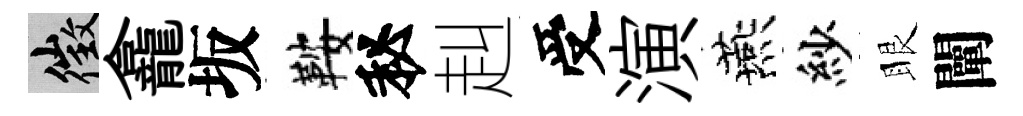
徵龕坂鞍秘赳受演燕紗眼闡